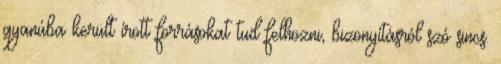
gyanúba került írott forrásokat tud felhozni, bizonyításról szó sincs.